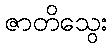
ဇာတိသွေး